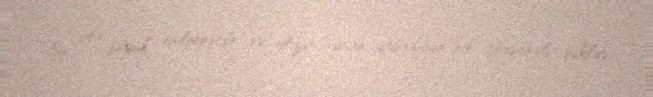
Bu, çox böyük nailiyyətdir və Azərbaycan iqtisadiyyatının çoxşaxəli şəkildə